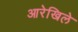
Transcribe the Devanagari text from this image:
आरेखिले